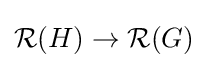
{\mathcal {R}}(H)\to {\mathcal {R}}(G)